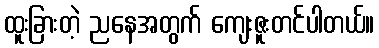
ထူးခြားတဲ့ ညနေအတွက် ကျေးဇူးတင်ပါတယ်။